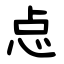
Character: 㤐